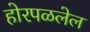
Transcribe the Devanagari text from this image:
होरपळलेल